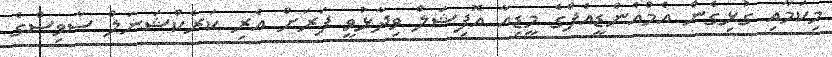
މިކަމާއި ގުޅިގެން އެމްއެންޑީއެފްގެ މީޑިއާ އޮފިޝަލް ވިދާޅުވީ ފަރަށް އެރި ކަރެކްޝަނަލް ސާވިސްގެ